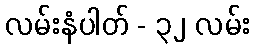
လမ်းနံပါတ် - ၃၂ လမ်း